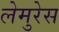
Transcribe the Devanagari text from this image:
लेमुरेस